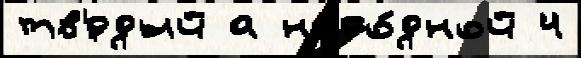
тв'́рдый а наро́дной 4